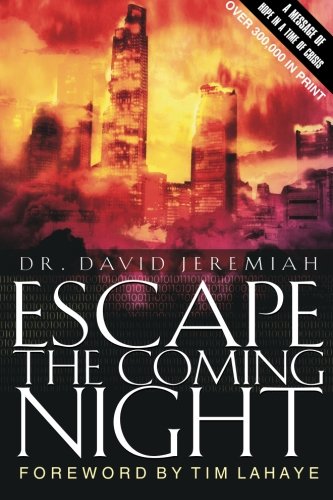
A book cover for Escape the Coming Night; David Jeremiah; Christian Books & Bibles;